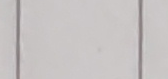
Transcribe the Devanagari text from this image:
न